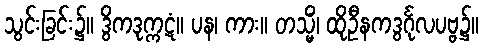
သွင်းခြင်း၌။ ဒွိကဒုက္ကဋံ။ ပန၊ ကား။ တသ္မိံ၊ ထိုဦနကဒွင်္ဂုလပဗ္ဗ၌။